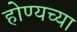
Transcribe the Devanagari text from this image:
होण्यच्या